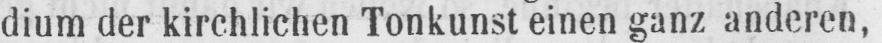
dium der kirchlichen Tonkunst einen ganz anderen,